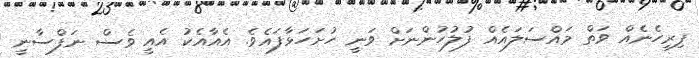
ފިރިހެނެއް ވަތް މައްސަލައެއް ފުލުހުންނަށް ވަނީ ހުށަހަޅާފައެެވެ. އެއާއެކު އެއީ ވެސް ނަފްސާނީ